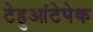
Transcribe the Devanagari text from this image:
टेहुआंटेपेक